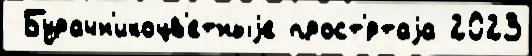
 Бурачн'икоцв'етныjе прост'́ртаjа 2023